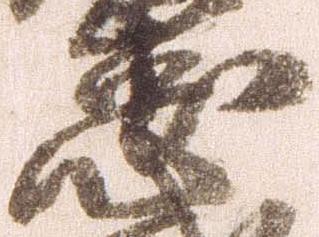
忠